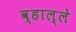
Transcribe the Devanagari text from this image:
व्हाल्ले